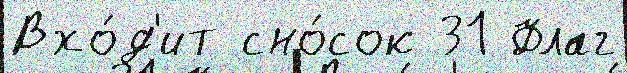
Вхо́д'ит сно́сок 31 Флаг